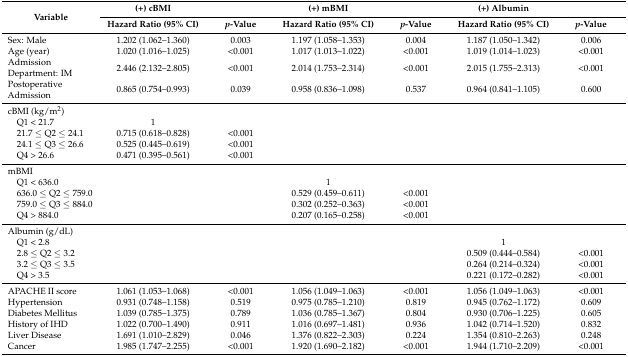
<table><thead><tr><td rowspan="2"><b>Variable</b></td><td><b>(+) cBMI</b></td><td></td><td><b>(+) mBMI</b></td><td></td><td><b>(+) Albumin</b></td><td></td></tr><tr><td><b>Hazard Ratio (95% CI)</b></td><td><b><i>p</i>-Value</b></td><td><b>Hazard Ratio (95% CI)</b></td><td><b><i>p</i>-Value</b></td><td><b>Hazard Ratio (95% CI)</b></td><td><b><i>p</i>-Value</b></td></tr></thead><tbody><tr><td>Sex: Male</td><td>1.202 (1.062–1.360)</td><td>0.003</td><td>1.197 (1.058–1.353)</td><td>0.004</td><td>1.187 (1.050–1.342)</td><td>0.006</td></tr><tr><td>Age (year)</td><td>1.020 (1.016–1.025)</td><td>&lt;0.001</td><td>1.017 (1.013–1.022)</td><td>&lt;0.001</td><td>1.019 (1.014–1.023)</td><td>&lt;0.001</td></tr><tr><td>Admission Department: IM</td><td>2.446 (2.132–2.805)</td><td>&lt;0.001</td><td>2.014 (1.753–2.314)</td><td>&lt;0.001</td><td>2.015 (1.755–2.313)</td><td>&lt;0.001</td></tr><tr><td>Postoperative Admission</td><td>0.865 (0.754–0.993)</td><td>0.039</td><td>0.958 (0.836–1.098)</td><td>0.537</td><td>0.964 (0.841–1.105)</td><td>0.600</td></tr><tr><td>cBMI (kg/m<sup>2</sup>)</td><td></td><td></td><td></td><td></td><td></td><td></td></tr><tr><td> Q1 &lt; 21.7</td><td>1</td><td></td><td></td><td></td><td></td><td></td></tr><tr><td> 21.7 ≤ Q2 ≤ 24.1</td><td>0.715 (0.618–0.828)</td><td>&lt;0.001</td><td></td><td></td><td></td><td></td></tr><tr><td> 24.1 ≤ Q3 ≤ 26.6</td><td>0.525 (0.445–0.619)</td><td>&lt;0.001</td><td></td><td></td><td></td><td></td></tr><tr><td> Q4 &gt; 26.6</td><td>0.471 (0.395–0.561)</td><td>&lt;0.001</td><td></td><td></td><td></td><td></td></tr><tr><td>mBMI</td><td></td><td></td><td></td><td></td><td></td><td></td></tr><tr><td> Q1 &lt; 636.0</td><td></td><td></td><td>1</td><td></td><td></td><td></td></tr><tr><td> 636.0 ≤ Q2 ≤ 759.0</td><td></td><td></td><td>0.529 (0.459–0.611)</td><td>&lt;0.001</td><td></td><td></td></tr><tr><td> 759.0 ≤ Q3 ≤ 884.0</td><td></td><td></td><td>0.302 (0.252–0.363)</td><td>&lt;0.001</td><td></td><td></td></tr><tr><td> Q4 &gt; 884.0</td><td></td><td></td><td>0.207 (0.165–0.258)</td><td>&lt;0.001</td><td></td><td></td></tr><tr><td>Albumin (g/dL)</td><td></td><td></td><td></td><td></td><td></td><td></td></tr><tr><td> Q1 &lt; 2.8</td><td></td><td></td><td></td><td></td><td>1</td><td></td></tr><tr><td> 2.8 ≤ Q2 ≤ 3.2</td><td></td><td></td><td></td><td></td><td>0.509 (0.444–0.584)</td><td>&lt;0.001</td></tr><tr><td> 3.2 ≤ Q3 ≤ 3.5</td><td></td><td></td><td></td><td></td><td>0.264 (0.214–0.324)</td><td>&lt;0.001</td></tr><tr><td> Q4 &gt; 3.5</td><td></td><td></td><td></td><td></td><td>0.221 (0.172–0.282)</td><td>&lt;0.001</td></tr><tr><td>APACHE II score</td><td>1.061 (1.053–1.068)</td><td>&lt;0.001</td><td>1.056 (1.049–1.063)</td><td>&lt;0.001</td><td>1.056 (1.049–1.063)</td><td>&lt;0.001</td></tr><tr><td>Hypertension</td><td>0.931 (0.748–1.158)</td><td>0.519</td><td>0.975 (0.785–1.210)</td><td>0.819</td><td>0.945 (0.762–1.172)</td><td>0.609</td></tr><tr><td>Diabetes Mellitus</td><td>1.039 (0.785–1.375)</td><td>0.789</td><td>1.036 (0.785–1.367)</td><td>0.804</td><td>0.930 (0.706–1.225)</td><td>0.605</td></tr><tr><td>History of IHD</td><td>1.022 (0.700–1.490)</td><td>0.911</td><td>1.016 (0.697–1.481)</td><td>0.936</td><td>1.042 (0.714–1.520)</td><td>0.832</td></tr><tr><td>Liver Disease</td><td>1.691 (1.010–2.829)</td><td>0.046</td><td>1.376 (0.822–2.303)</td><td>0.224</td><td>1.354 (0.810–2.263)</td><td>0.248</td></tr><tr><td>Cancer</td><td>1.985 (1.747–2.255)</td><td>&lt;0.001</td><td>1.920 (1.690–2.182)</td><td>&lt;0.001</td><td>1.944 (1.710–2.209)</td><td>&lt;0.001</td></tr></tbody></table>